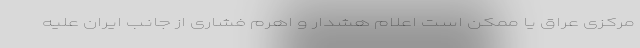
مرکزی عراق یا ممکن است اعلام هشدار و اهرم فشاری از جانب ایران علیه